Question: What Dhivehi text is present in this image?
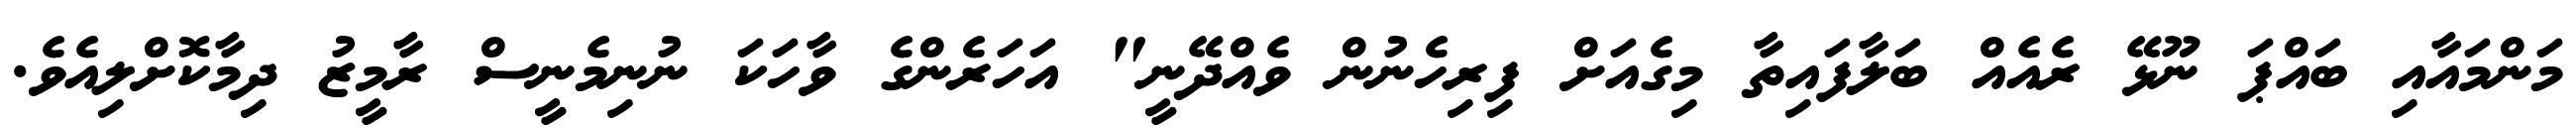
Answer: މަންމައާއި ބައްޕަ ނޫޅޭ ރެއެއް ބަލާފައިތާ މިގެއަށް ފިރިހެނުން ވެއްދޭނީ" އަހަރެންގެ ވާހަކަ ނުނިމެނީސް ރާމީޒު ދިމާކޮށްލިއެވެ.